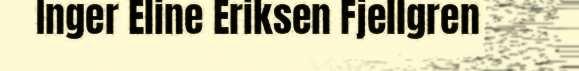
Inger Eline Eriksen Fjellgren